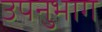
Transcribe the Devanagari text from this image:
उपनुभाग